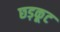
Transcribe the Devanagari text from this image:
छड़कूट